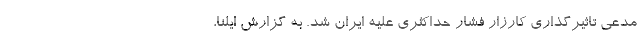
مدعی تاثیرگذاری کارزار فشار حداکثری علیه ایران شد. به گزارش ایلنا،